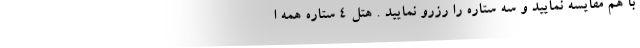
با هم مقایسه نمایید و سه ستاره را رزرو نمایید . هتل 4 ستاره همه ا